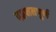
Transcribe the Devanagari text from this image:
दहशतपूर्ण